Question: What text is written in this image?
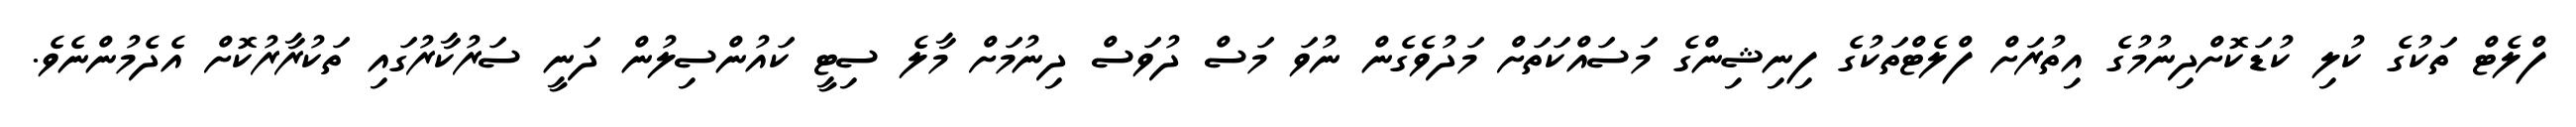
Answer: ފްލެޓް ތަކުގެ ކުލި ކުޑަކޮށްދިނުމުގެ އިތުރަށް ފްލެޓްތަކުގެ ފިނިޝިންގެ މަސައްކަތަށް މަދުވެގެން ނުވަ މަސް ދުވަސް ދިނުމަށް މާލެ ސިޓީ ކައުންސިލުން ދަނީ ސަރުކާރުގައި ތަކުރާރުކޮށް އެދެމުންނެވެ.